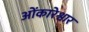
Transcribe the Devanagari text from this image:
ओंकारेश्वार